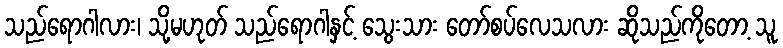
သည်ရောဂါလား၊ သို့မဟုတ် သည်ရောဂါနှင့် သွေးသား တော်စပ်လေသလား ဆိုသည်ကိုတော့ သူ